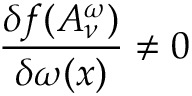
\frac { \delta f ( A _ { \nu } ^ { \omega } ) } { \delta \omega ( x ) } \neq 0